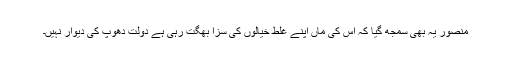
منصور یہ بھی سمجھ گیا کہ اس کی ماں اپنے غلط خیالوں کی سزا بھگت رہی ہے دولت دھوپ کی دیوار نہیں۔